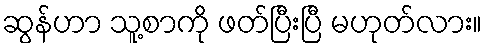
ဆွန်ဟာ သူ့စာကို ဖတ်ပြီးပြီ မဟုတ်လား။